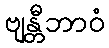
ဗျန္တီဘာဝံ